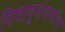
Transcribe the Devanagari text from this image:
विषाणूसंसर्गाचा